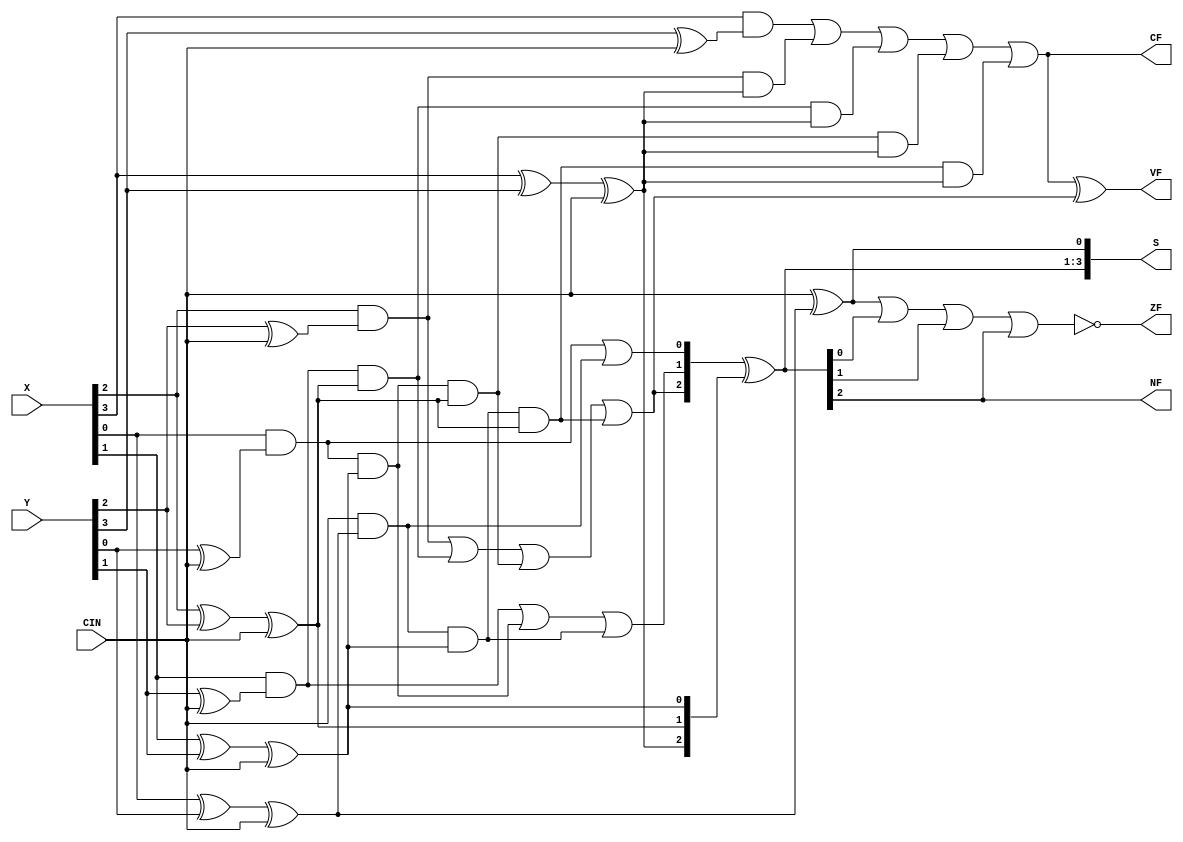
module cla4(X, Y, CIN, CF, NF, ZF,VF, S);
  input wire [3:0] X, Y; // Operands
  input wire CIN; // Carry in
  output wire [3:0] S; // Sum outputs
  output wire CF, NF, ZF, VF;
  wire [3:0] C; // Carry equations (C[3] is Cout)
  wire [3:0] P, G;
  assign G[0] = X[0] & (Y[0]^CIN); // Generate functions G[0] = X[0]&Y[0]; G[1] = .. so on
  assign G[1] = X[1] & (Y[1]^CIN);
  assign G[2] = X[2] & (Y[2]^CIN);
  assign G[3] = X[3] & (Y[3]^CIN);
  assign P[0] = X[0] ^ Y[0]^CIN; // Propagate functions P[0] = X[0]^Y[0];P[1] = .. so on
  assign P[1] = X[1] ^ Y[1]^CIN;
  assign P[2] = X[2] ^ Y[2]^CIN;
  assign P[3] = X[3] ^ Y[3]^CIN;
  // Carry function definitions
  assign C[0] = G[0] | CIN & P[0];
  assign C[1] = G[1] | G[0] & P[1] | CIN & P[0] & P[1];
  assign C[2] = G[2] | G[1] & P[2] | G[0] & P[1] & P[2] | CIN & P[0] & P[1] & P[2];
  assign C[3] = G[3] | G[2] & P[3] | G[1] & P[2] & P[3] | G[0] & P[1] & P[2] & P[3]| CIN & P[0] & P[1] & P[2] & P[3];
  assign S[0] = CIN ^ P[0];
  assign S[3:1] = C[2:0] ^ P[3:1];

  assign CF = C[3];
  assign NF = S[3];
  assign ZF = !(S[0]|S[1]|S[2]|S[3]);
  assign VF = C[3] ^ C[2];
endmodule